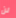
لن